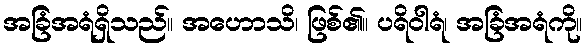
အခြံအရံရှိသည်။ အဟောသိ၊ ဖြစ်၏။ ပရိဝါရံ၊ အခြံအရံကို။